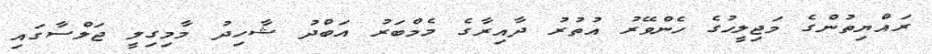
ރައްޔިތުންގެ މަޖިލީހުގެ ހެންވޭރު އުތުރު ދާއިރާގެ މެމްބަރު އަބްދު ޝާހިދު މާމިގިލީ ޖަލްސާގައި